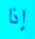
إذا